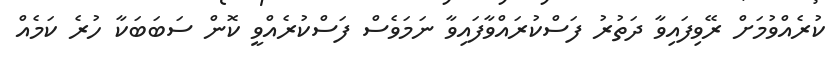
ކުރެއްވުމަށް ރޭވިފައިވާ ދަތުރު ފަސްކުރައްވާފައިވާ ނަމަވެސް ފަސްކުރެއްވީ ކޮން ސަބަބަކާ ހުރެ ކަމެއް